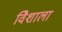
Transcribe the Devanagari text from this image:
विेशाला